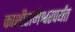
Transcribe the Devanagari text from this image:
काशीरामेश्वरपर्यंत